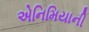
એનિમિયાની